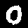
Digit: 0